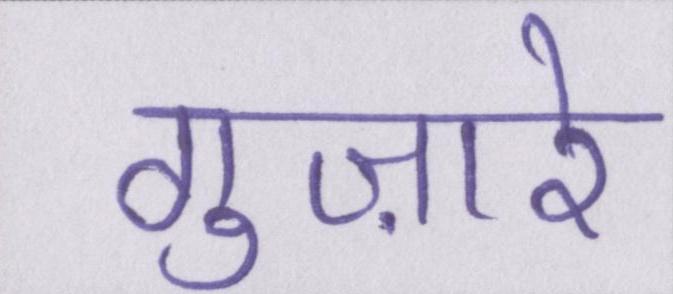
गुज़ारे